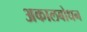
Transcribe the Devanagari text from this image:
अकालबोधन